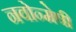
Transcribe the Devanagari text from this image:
नवोन्‍मेषी